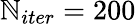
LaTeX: \mathbb{N}_{iter}=200